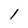
Character: 1